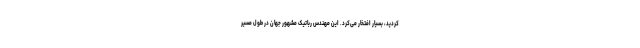
کردید، بسیار افتخار می‌کرد. این مهندس رباتیک مشهور جهان در طول مسیر